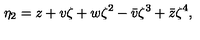
\eta _ { 2 } = z + v \zeta + w \zeta ^ { 2 } - \bar { v } \zeta ^ { 3 } + \bar { z } \zeta ^ { 4 } ,